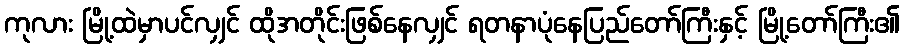
ကုလား မြို့ထဲမှာပင်လျှင် ထိုအတိုင်းဖြစ်နေလျှင် ရတနာပုံနေပြည်တော်ကြီးနှင့် မြို့တော်ကြီး၏